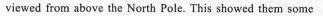
viewed from above the North Pole. This showed them some